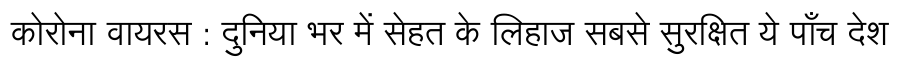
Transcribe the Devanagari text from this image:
कोरोना वायरस : दुनिया भर में सेहत के लिहाज सबसे सुरक्षित ये पाँच देश